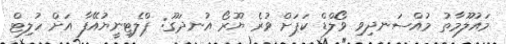
މައުލޫމާތު މުއްސަނދިވި ވޯލްޑް ކަޕަށް ވުރެ ޔޫރޯ އުނދަގޫ: ޕްލެޓިނީޔުއޭފާ އަށް ހުލިޓް